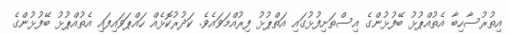
އިތުރުސާހިބާ އެތުއްޕުޅު ބޭފުޅުންގެ އިސްތަށިފުޅުގައި އަތްޕުޅު ފިރުއްމަވަައެވެ. ކަދުރުކޮޅެއް ހައްޕަވައިފައި އެތުއްޕުޅު ބޭފުޅުންގެ